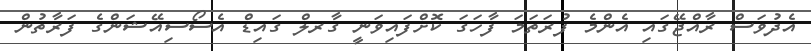
އެދުވަސް ރާއްޖޭގައި އެންމެ ފުރަތަމަ ފާހަގަ ކޮށްފައިވަނީ ގާރލް ގައިޑް އެސޯސިއޭޝަންގެ ފަރާތުން